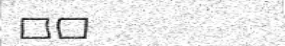
١٧